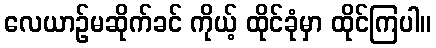
လေယာဉ်မဆိုက်ခင် ကိုယ့် ထိုင်ခုံမှာ ထိုင်ကြပါ။